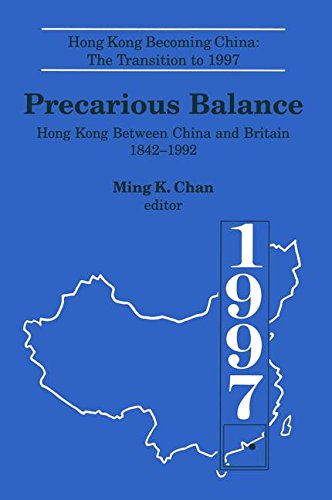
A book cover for Precarious Balance: Hong Kong Between China and Britain, 1842-1992 (Hong Kong Becoming China); Ming K. Chan; History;